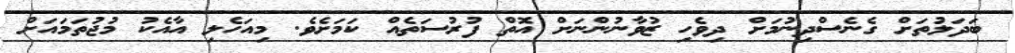
ބަދަލުތަށް ގެނެސްދިނުމަށް ދިވެހި ޒުވާނުންނަށް އޮތް ފުރުސަތެއް ކަމަށެވެ. މިއަހެލި އާއެކު މުޖުތަމައަށް